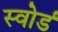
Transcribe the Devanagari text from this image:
स्‍वोर्ड